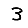
Digit: 3